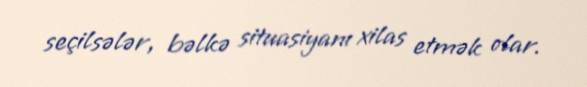
seçilsələr, bəlkə situasiyanı xilas etmək olar.